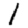
Digit: 1